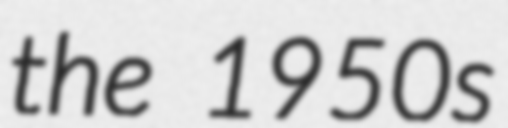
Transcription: the 1950s